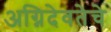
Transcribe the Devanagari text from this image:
अग्निदेवतेचे